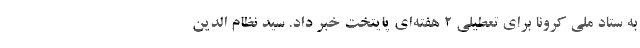
به ستاد ملی کرونا برای تعطیلی ۲ هفته‌ای پایتخت خبر داد. سید نظام الدین